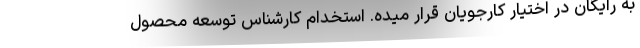
به رایگان در اختیار کارجویان قرار میده. استخدام کارشناس توسعه محصول